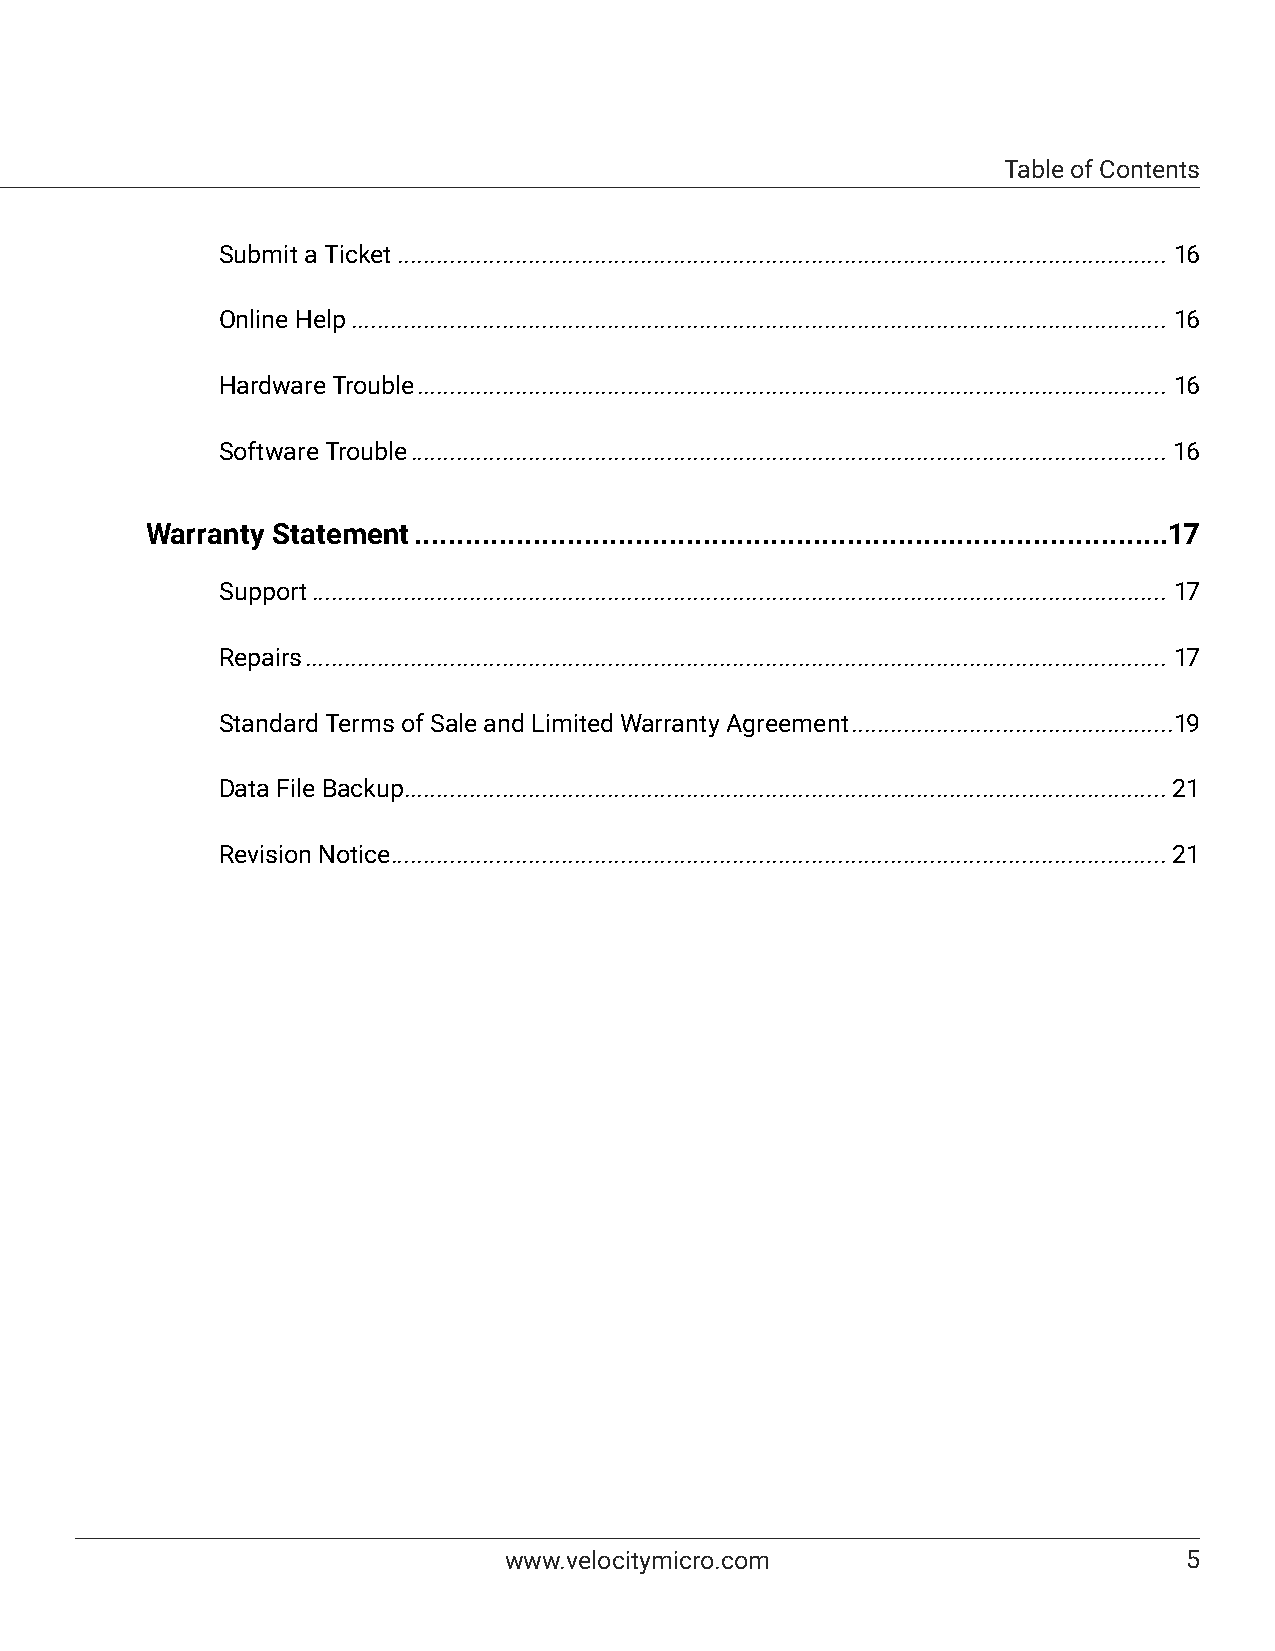
Table of Contents
 Submit a Ticket ..................................................................................................................... 16
 Online Help ............................................................................................................................ 16
 Hardware Trouble .................................................................................................................. 16
 Software Trouble ................................................................................................................... 16
 Warranty Statement .........................................................................................17
 Support .................................................................................................................................. 17
 Repairs ................................................................................................................................... 17
 Standard Terms of Sale and Limited Warranty Agreement .................................................19
 Data File Backup....................................................................................................................21
 Revision Notice ......................................................................................................................21
 www.velocitymicro.com                         5